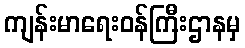
ကျန်းမာရေးဝန်ကြီးဌာနမှ